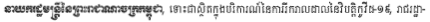
នាយករដ្ឋមន្ត្រីនៃព្រះរាជាណាចក្រកម្ពុជា, ទោះជាស្ថិតក្នុងបរិការណ៍នៃការរីករាលដាលនៃវិបត្តិកូវីដ-១៩, រាជរដ្ឋា-